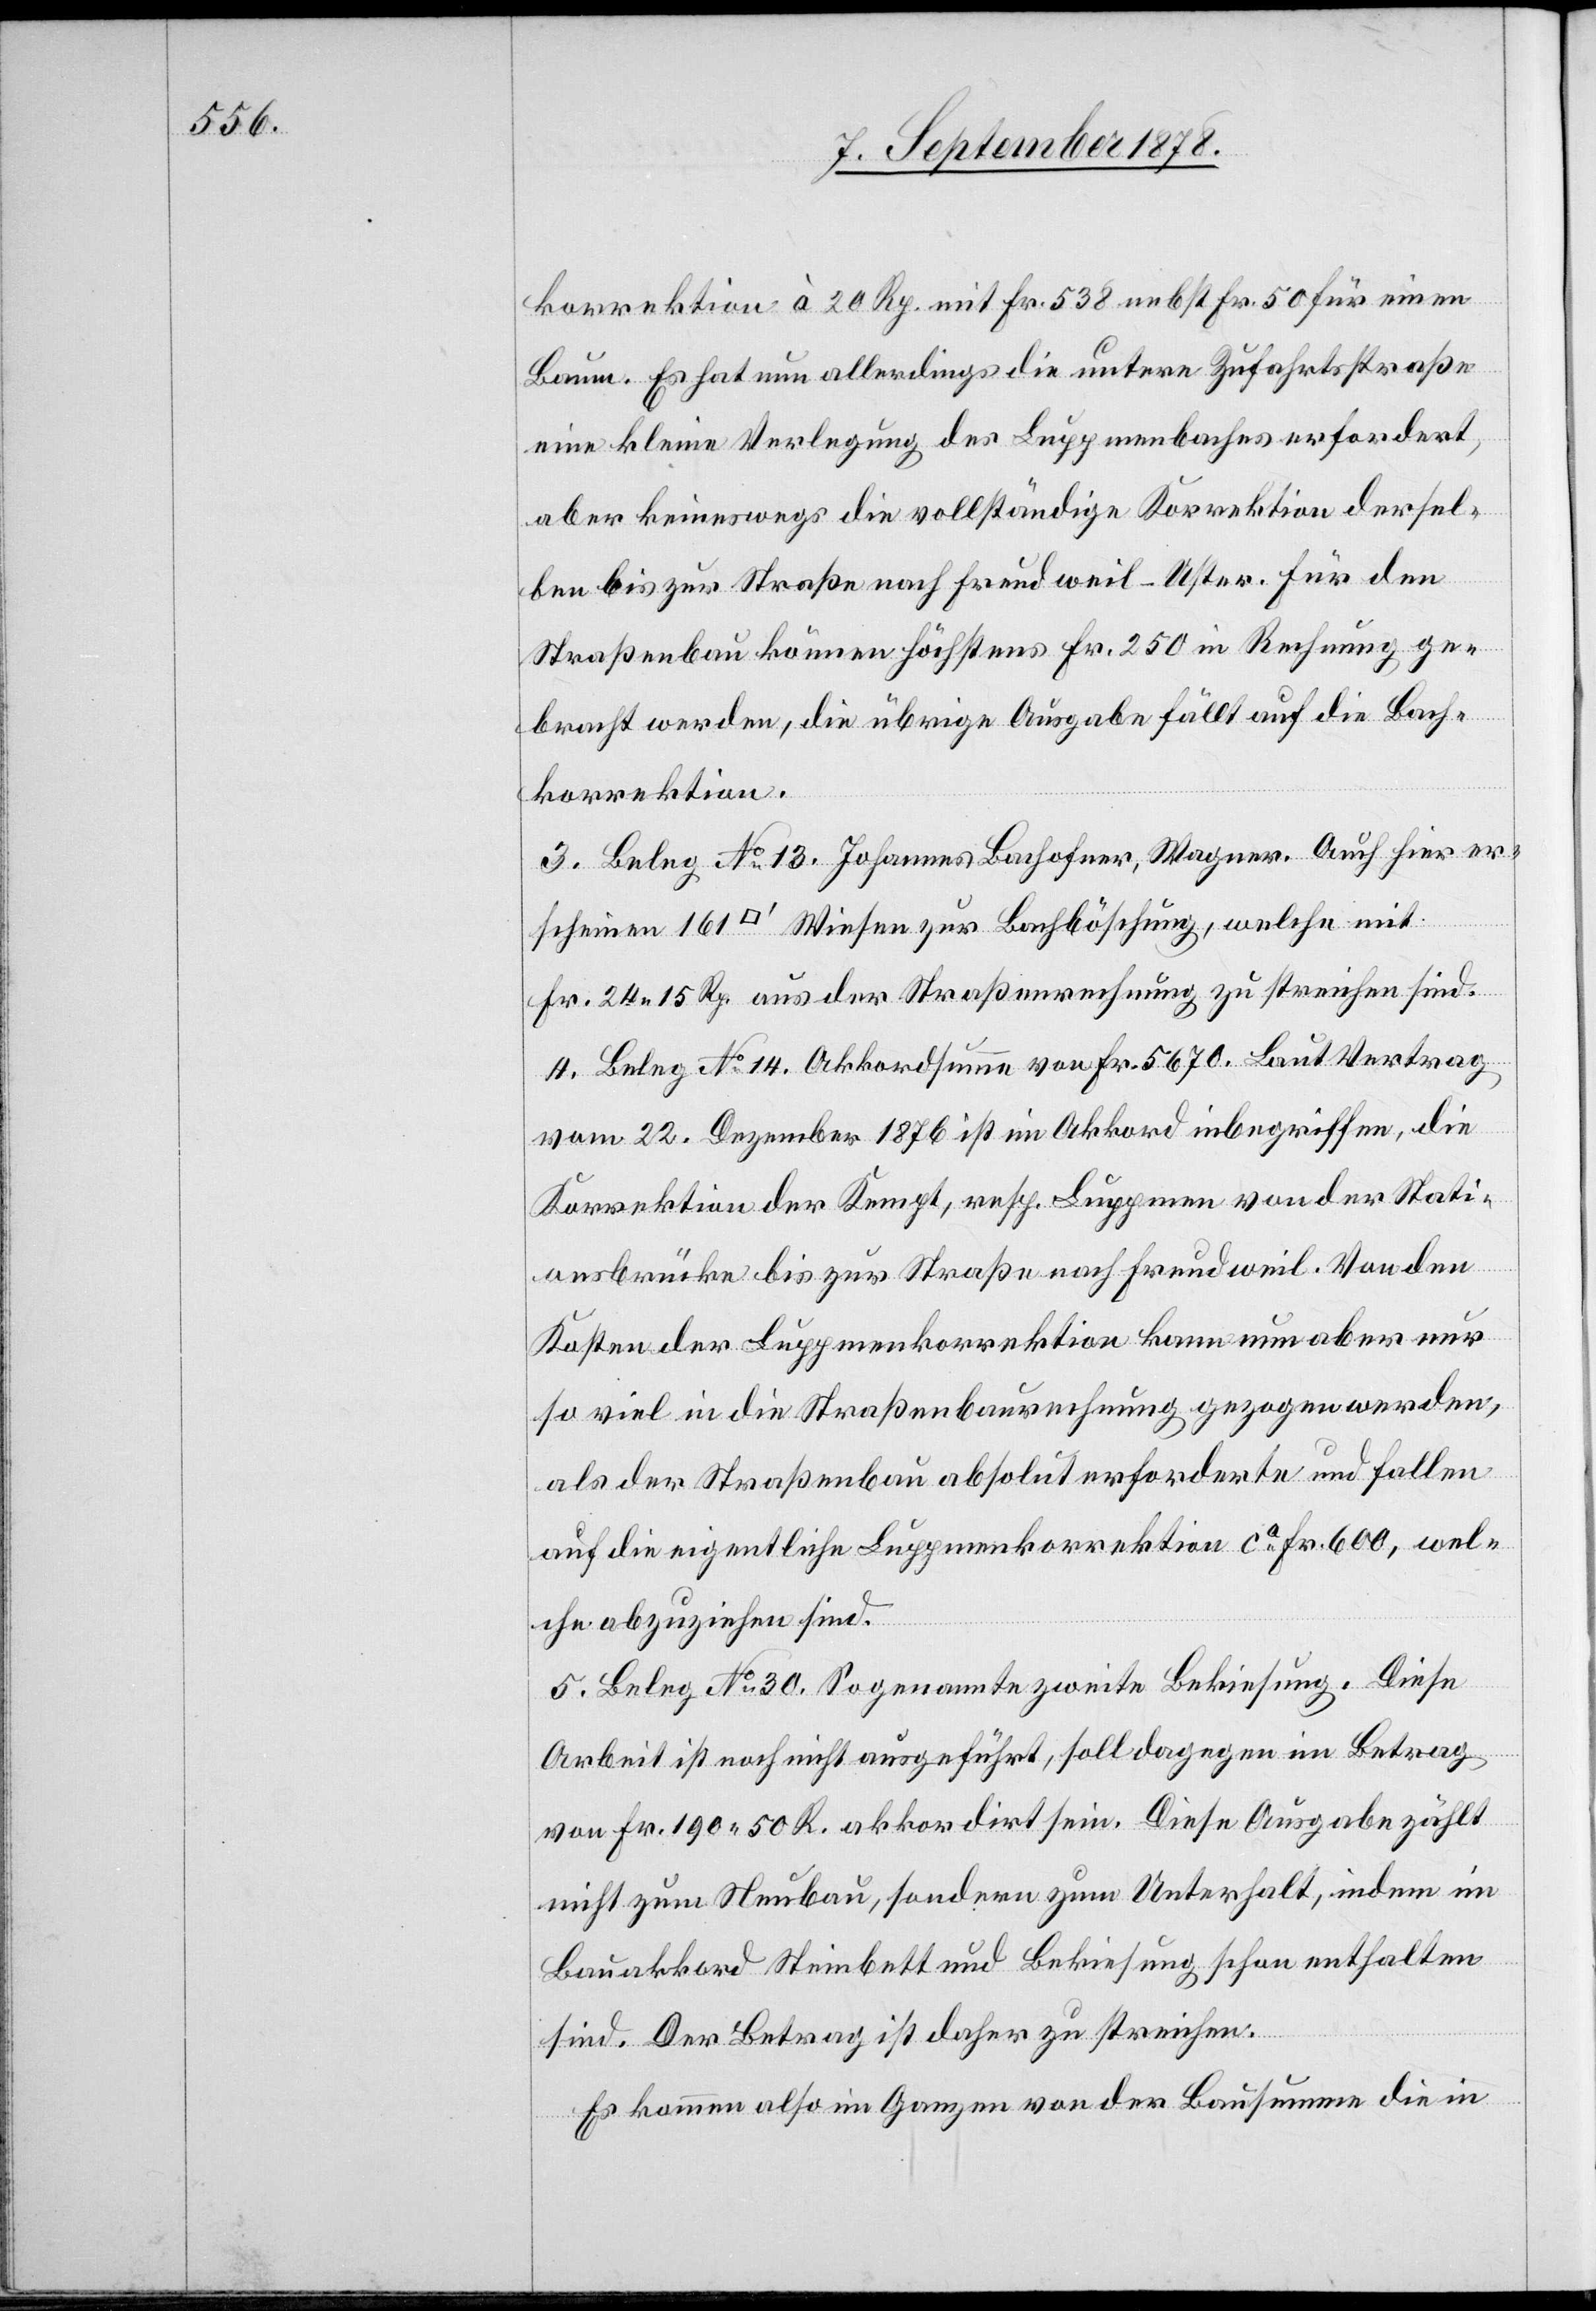
korrektion à 20 Rp. mit Fr. 538 nebst Fr. 50 für einen
Baum. Es hat nun allerdings die untere Zufahrtsstraße
eine kleine Verlegung des Luppmenbaches erfordert,
aber keineswegs die vollständige Korrektion dersel¬
mit
ben bis zur Straße nach Freudweil - Uster. Für den
Straßenbau können höchstens Fr. 250 in Rechnung ge¬
bracht werden, die übrige Ausgabe fällt auf die Bach¬
korrektion.
3. Beleg No 13. Johannes Bachofner, Wagner. Auch hier ers¬
Fr. 24 15 Rp. aus der Straßenrechnung zu streichen sind.
4. Beleg No 14. Akkordsumme von Fr. 5670. Laut Vertrag
vom 22. Dezember 1876 ist im Akkord inbegriffen, die
Korrektion der Kempt, resp. Luppmen von der Stati¬
onsbrücke bis zur Straße nach Freudweil. Von den
Kosten der Luppmenkorrektion kann nun aber nur
so viel in die Straßenbaurechnung gezogen werden,
als der Straßenbau absolut erforderte und fallen
auf die eigentliche Luppmenkorrektion ca Fr. 600, wel¬
che abzuziehen sind.
5. Beleg No 30. Sogenannte zweite Bekiesung. Diese
Arbeit ist noch nicht ausgeführt, soll dagegen im Betrag
von Fr. 190 50 R. akkordirt sein. Diese Ausgabe zählt
nicht zum Neubau, sondern zum Unterhalt, indem im
Bauakkord Steinbett und Bekiesung schon enthalten
sind. Der Betrag ist daher zu streichen.
Es kommen also im Ganzen von der Bausumme die in